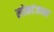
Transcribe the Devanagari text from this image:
लोकांजवळ